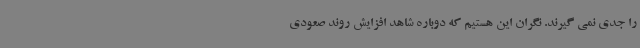
را جدی نمی گیرند. نگران این هستیم که دوباره شاهد افزایش روند صعودی